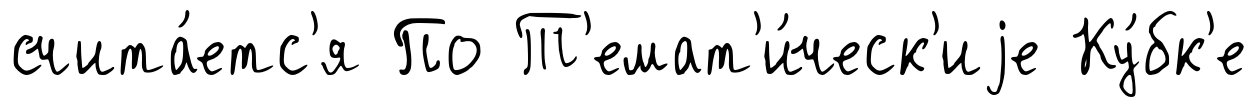
счита́етс'я По Т'емат'и́ческ'иjе Ку́бк'е